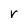
Character: r